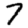
Digit: 7